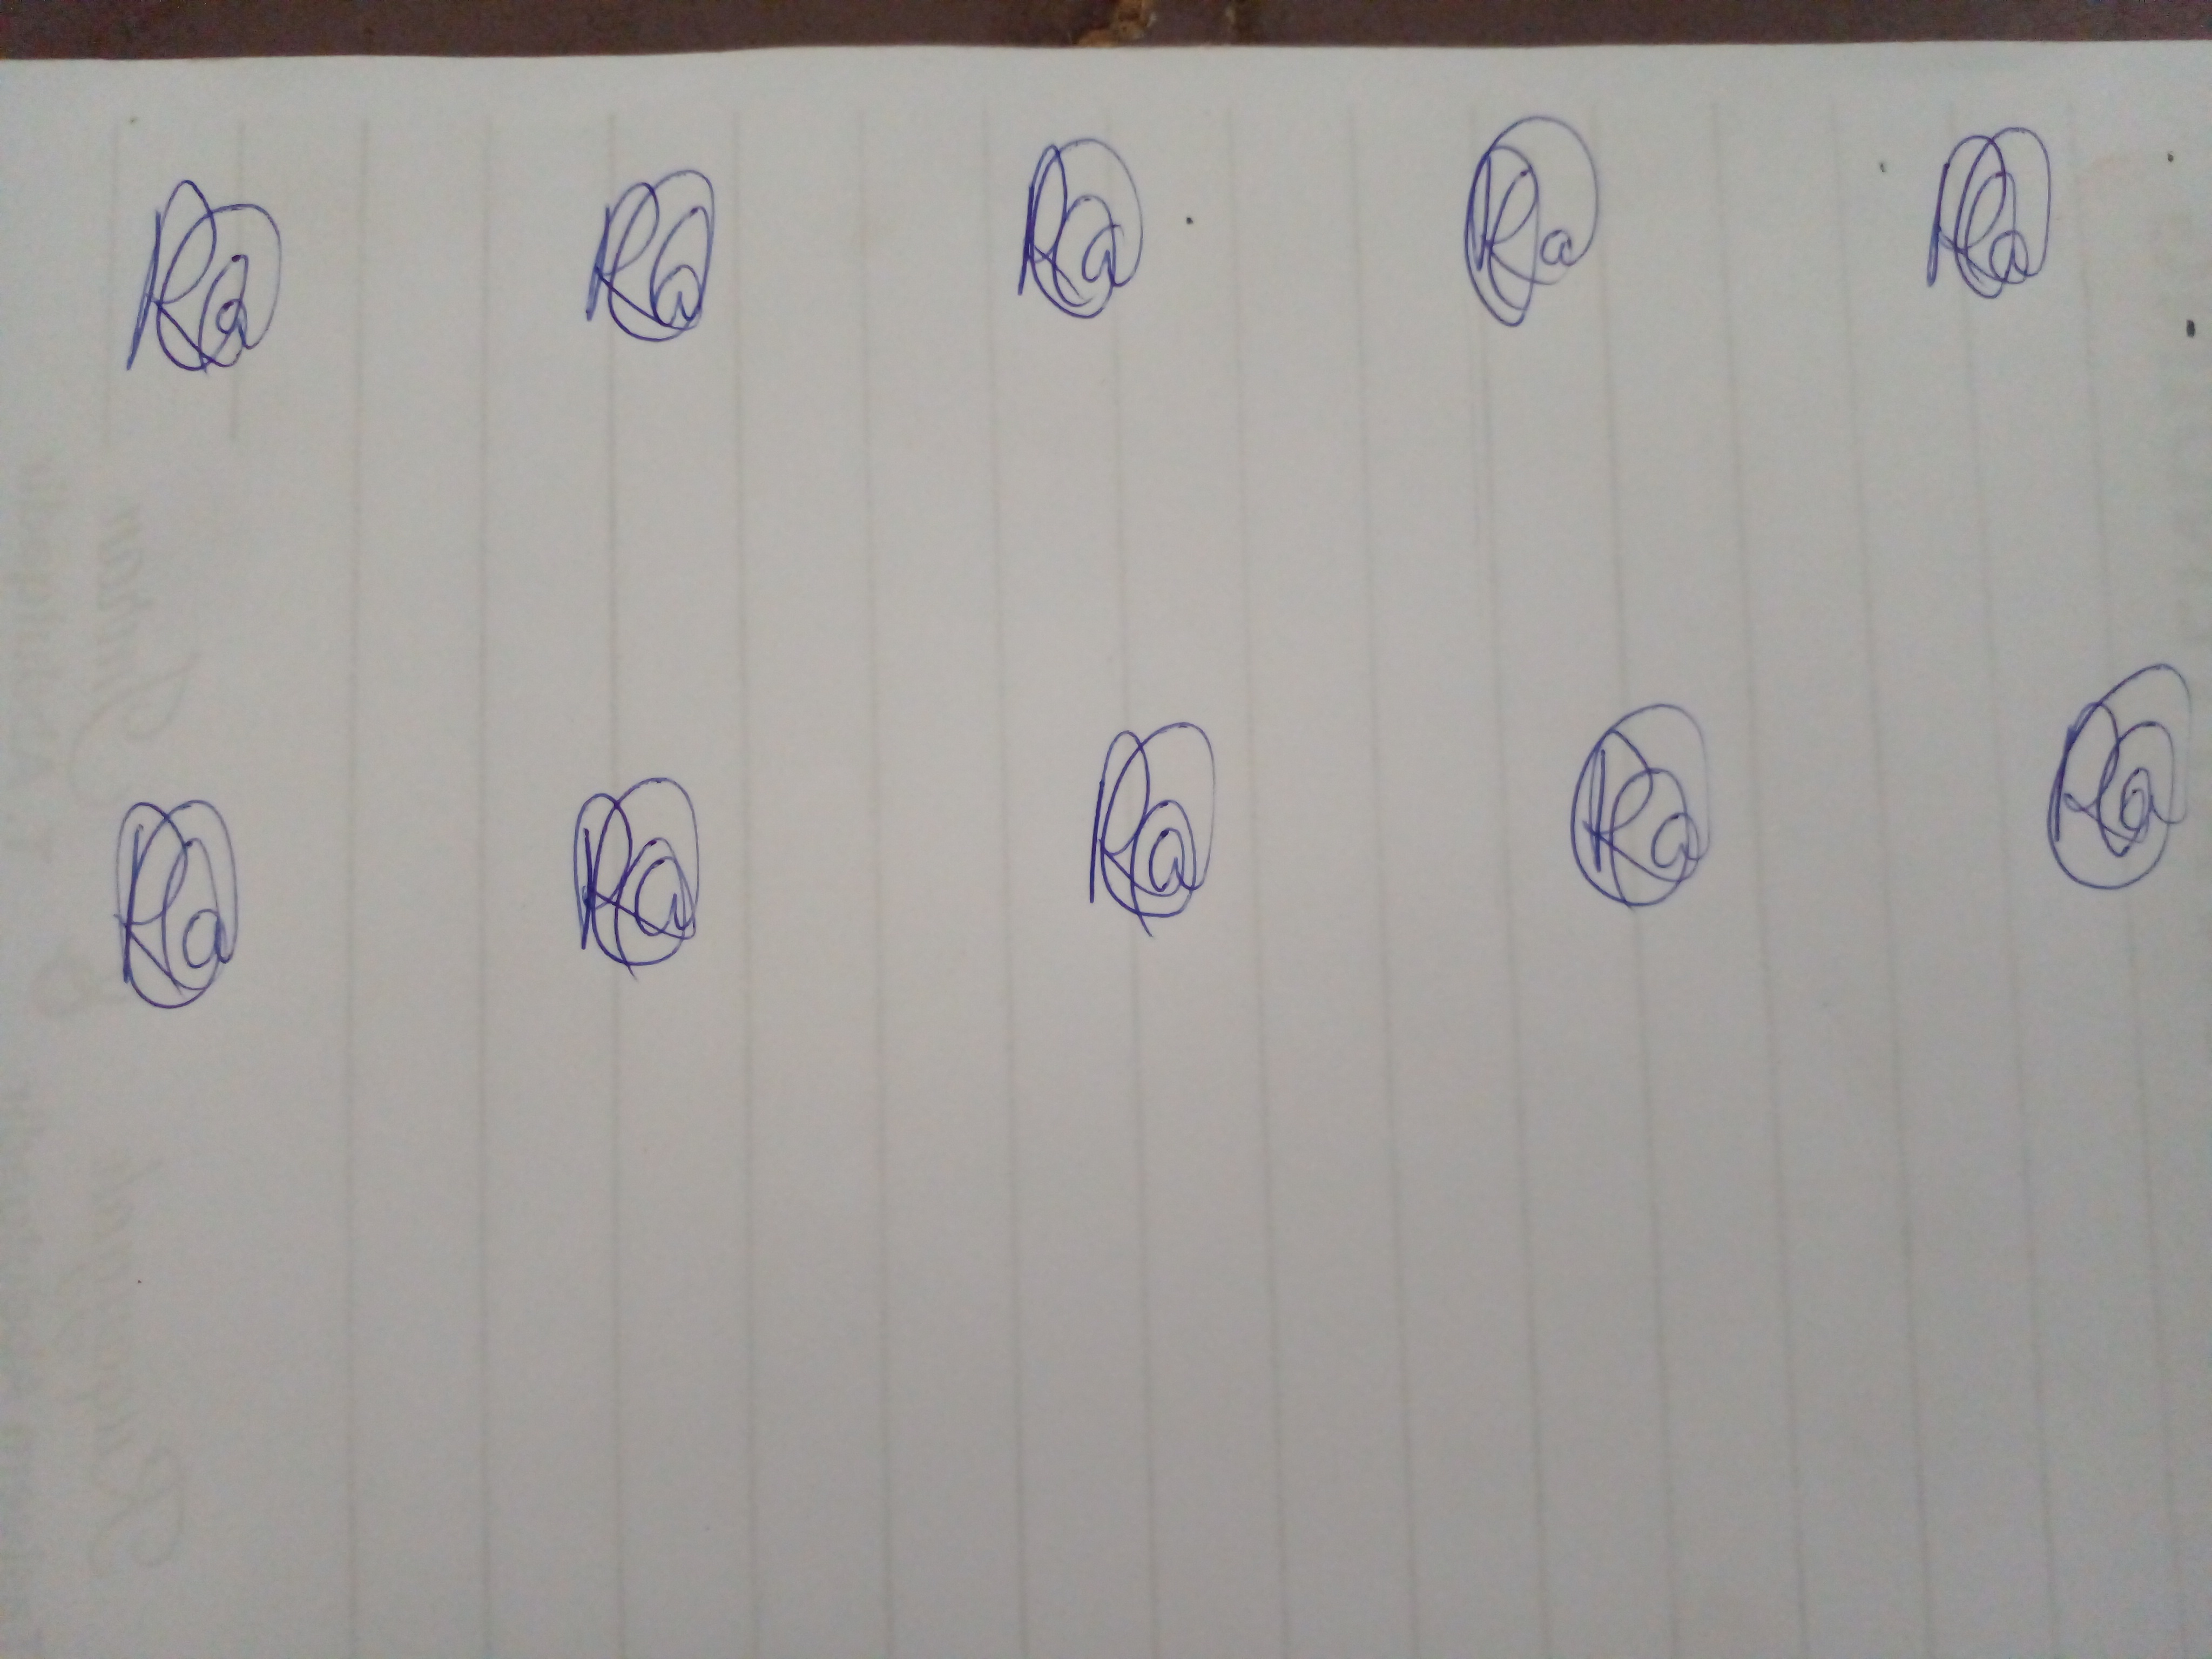
Signature authenticity: genuine